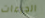
الجرعات